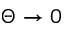
\Theta \to 0